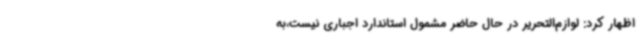
اظهار کرد: لوازم‌التحریر در حال حاضر مشمول استاندارد اجباری نیست،به